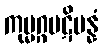
ကုမ္မဂ္ဂပဋိပန္နံ